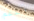
بالدعم